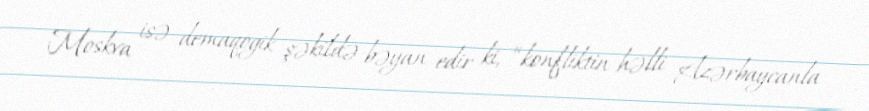
Moskva isə demaqogik şəkildə bəyan edir ki, “konfliktin həlli Azərbaycanla